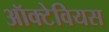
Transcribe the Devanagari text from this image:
ऑक्टेवियस